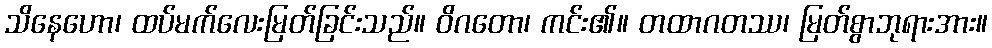
သိနေဟော၊ ထပ်မက်လေးမြတ်ခြင်းသည်။ ဝိဂတော၊ ကင်း၏။ တထာဂတဿ၊ မြတ်စွာဘုရားအား။